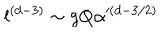
l ^ { ( d - 3 ) } \sim g Q \alpha ^ { ( d - 3 / 2 ) }